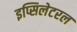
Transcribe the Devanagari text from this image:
इप्सिलेटरल